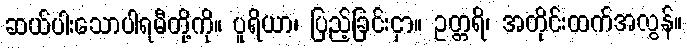
ဆယ်ပါးသောပါရမီတို့ကို။ ပူရိယာ၊ ပြည့်ခြင်းငှာ။ ဥတ္တရိ၊ အတိုင်းထက်အလွန်။